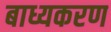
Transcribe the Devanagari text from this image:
बाध्यकरण